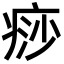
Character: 痧